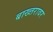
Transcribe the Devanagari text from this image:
बाख्तरावर